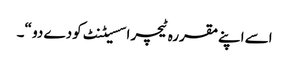
اسے اپنےمقررہ ٹیچر اسسیٹنٹ کودے دو “۔